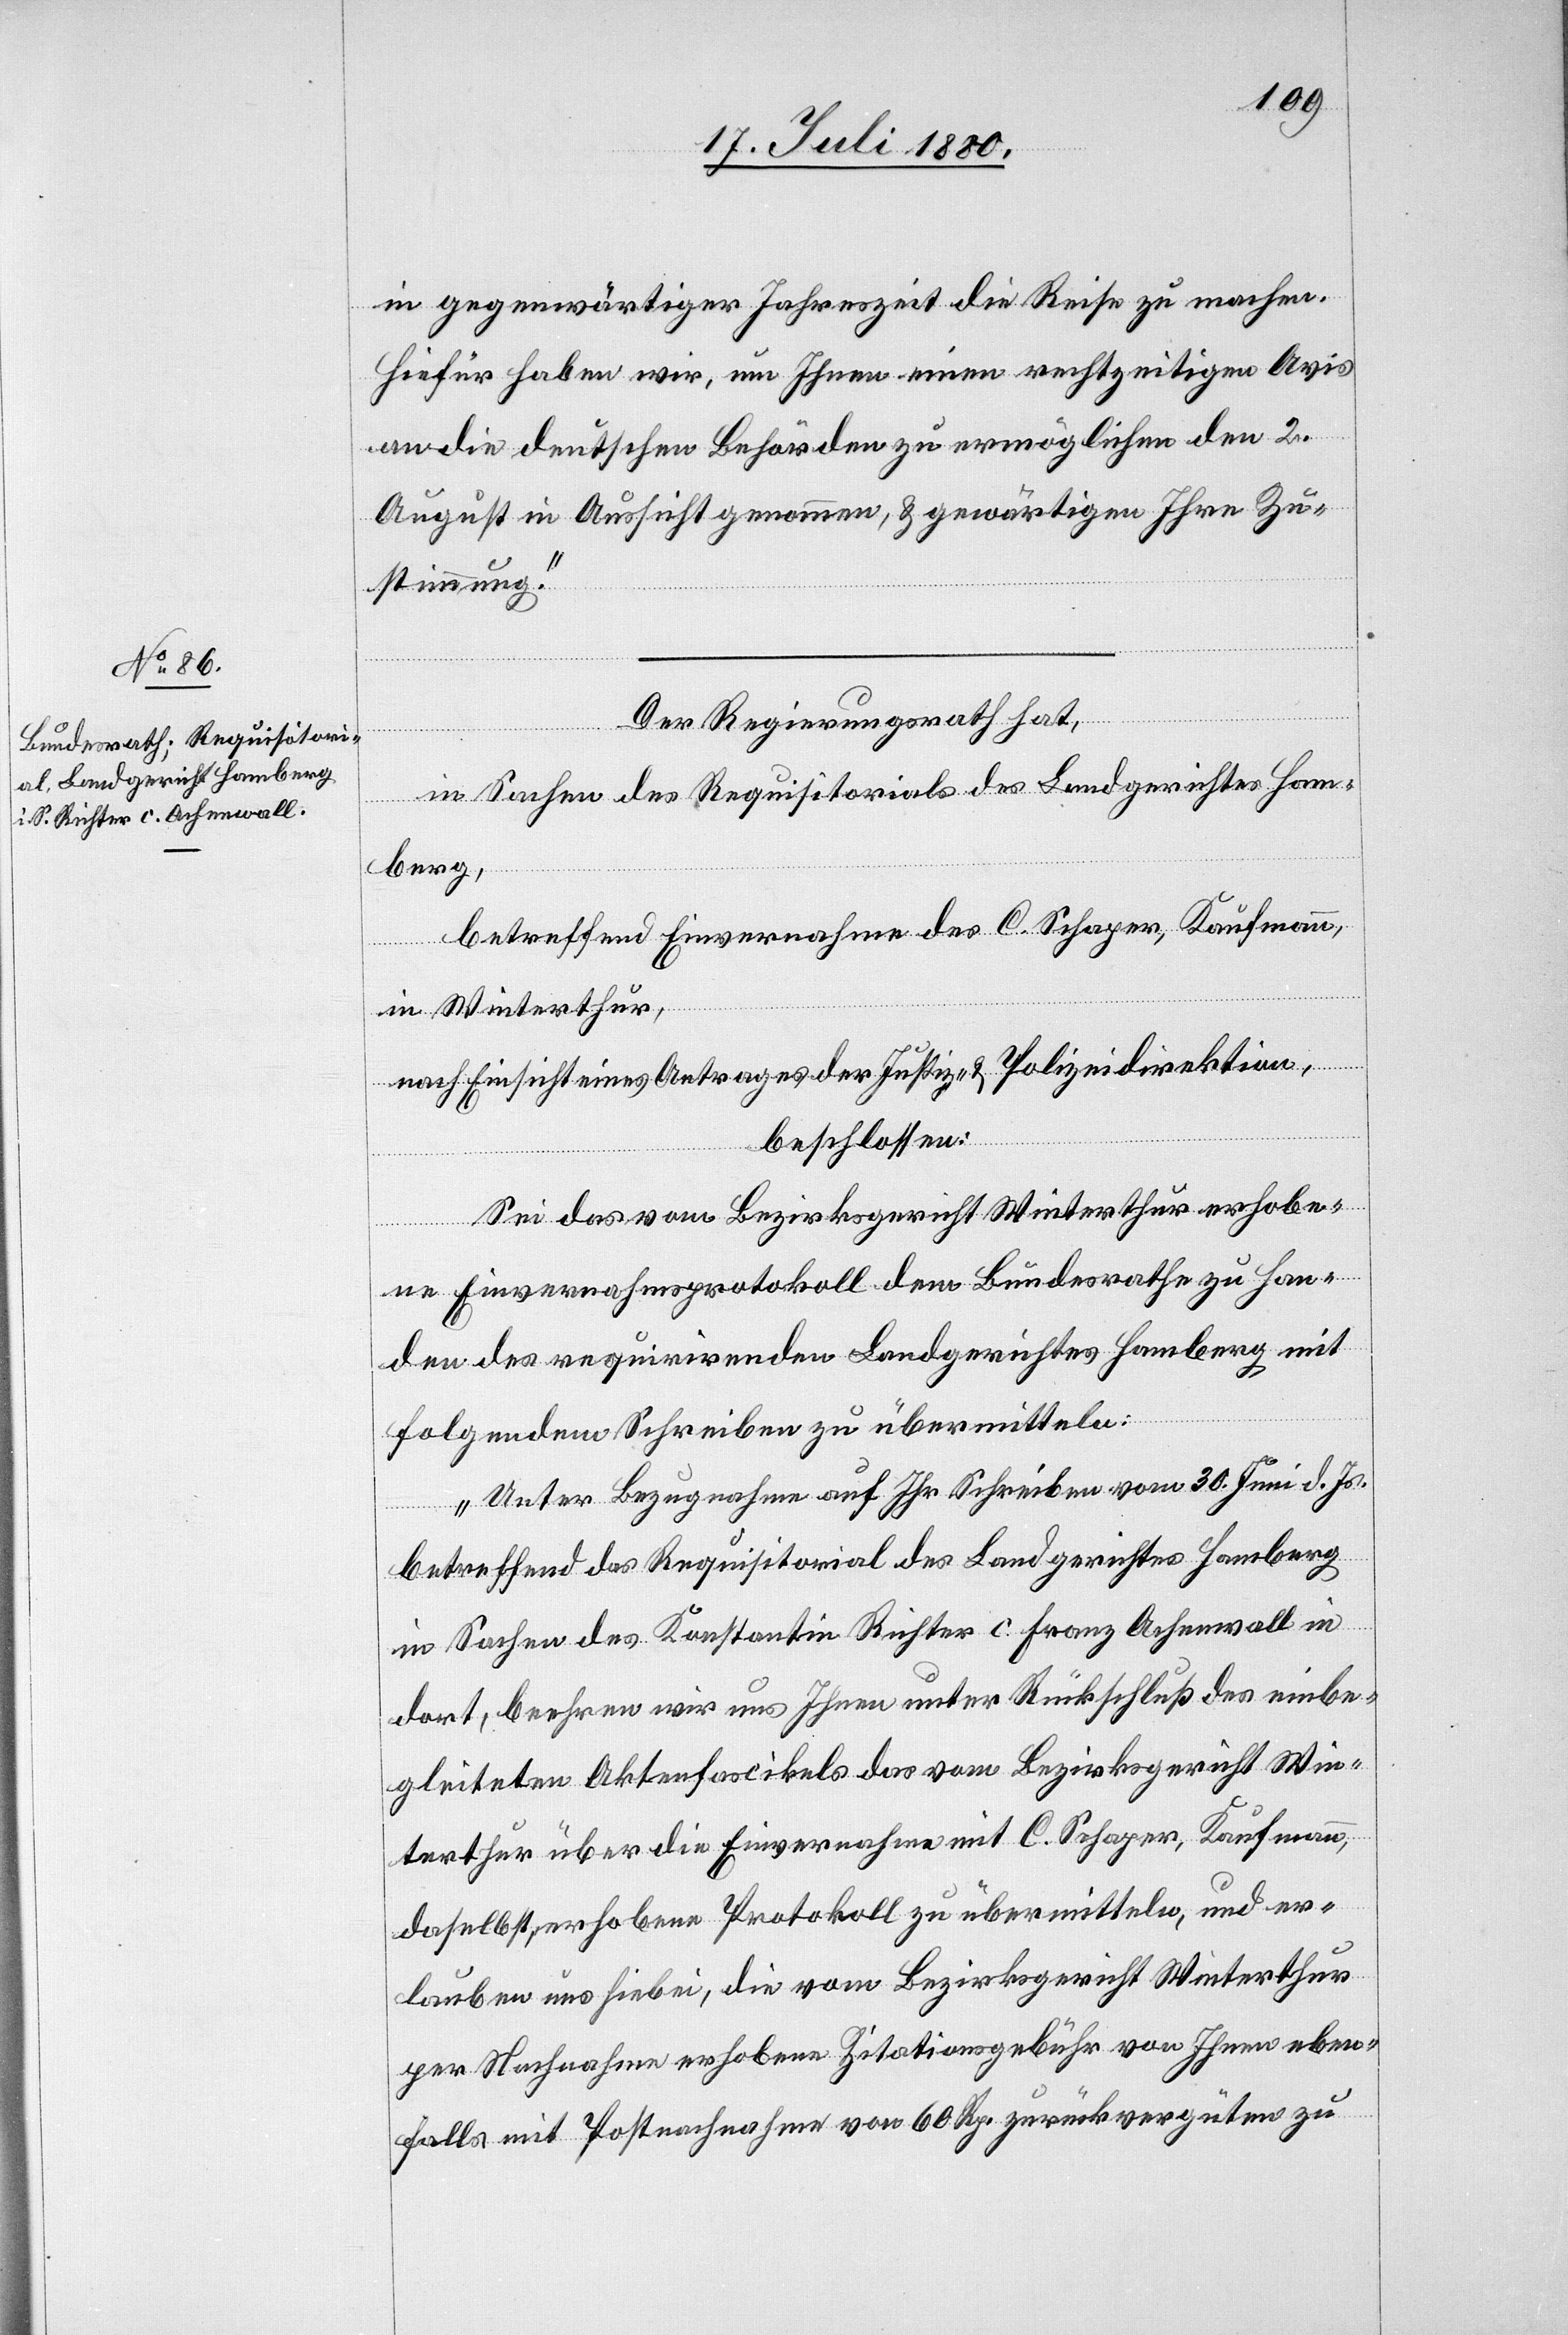
in gegenwärtiger Jahreszeit die Reise zu machen.
Hiefür haben wir, um Ihnen einen rechtzeitigen Avis
an die deutschen Behörden zu ermöglichen den 2.
August in Aussicht genommen, & gewärtigen Ihre Zu¬
stimmung.“
Der Regierungsrath hat,
in Sachen des Requisitorials des Landgerichtes Hom¬
berg,
betreffend Einvernahme des C. Schaper, Kaufmann,
in Winterthur,
nach Einsicht eines Antrages der Justiz- & Polizeidirektion
beschlossen:
Sei das vom Bezirksgericht Winterthur erhobe¬
ne Einvernahmsprotokoll dem Bundesrathe zu Han¬
den des requirirenden Landgerichtes Homberg mit
folgendem Schreiben zu übermitteln:
„Unter Bezugnahme auf Ihr Schreiben vom 30. Juni d. Js.
betreffend das Requisitorial des Landgerichtes Homberg
in Sachen des Konstantin Richter C. Franz Achenwall in
dort, beehren wir uns Ihnen unter Rückschluß des einbe¬
gleiteten Aktenfascikels das vom Bezirksgericht Win¬
terthur über die Einvernahme mit C. Schaper, Kaufmann,
daselbst, erhobenen Protokoll zu übermitteln, und er¬
lauben uns hiebei, die vom Bezirksgericht Winterthur
per Nachnahme erhobene Zitationsgebühr von Ihnen eben¬
falls mit Postnachnahme von 60 Rp. zurückvergüten zu